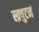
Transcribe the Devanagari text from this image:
स्क्र्युटर्न